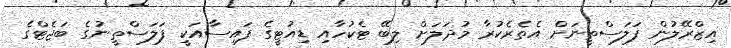
އިޒްރޭލުން ފަލަސްތީނަށް އެތެރެކުރާ މުދަލަށް ލިބޭ ޓެކުހާއި ޑިއުޓީގެ ފައިސާއަކީ ފަލަސްތީނުގެ ބަޖެޓްގެ